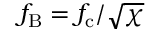
f _ { \mathrm { B } } = f _ { \mathrm { c } } / \sqrt { \chi }